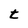
Character: t